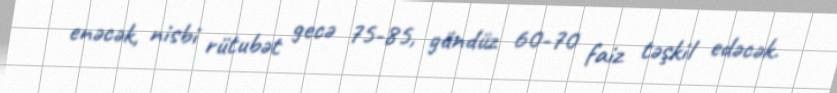
enəcək, nisbi rütubət gecə 75-85, gündüz 60-70 faiz təşkil edəcək.